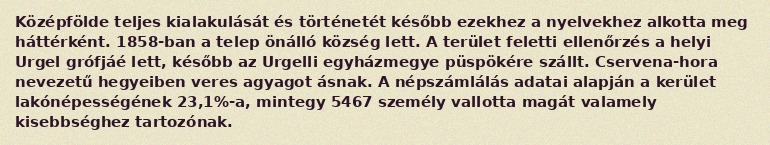
Középfölde teljes kialakulását és történetét később ezekhez a nyelvekhez alkotta meg háttérként. 1858-ban a telep önálló község lett. A terület feletti ellenőrzés a helyi Urgel grófjáé lett, később az Urgelli egyházmegye püspökére szállt. Cservena-hora nevezetű hegyeiben veres agyagot ásnak. A népszámlálás adatai alapján a kerület lakónépességének 23,1%-a, mintegy 5467 személy vallotta magát valamely kisebbséghez tartozónak.